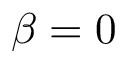
\beta = 0